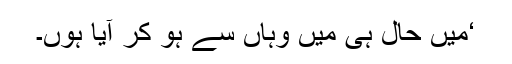
‘میں حال ہی میں وہاں سے ہو کر آیا ہوں۔